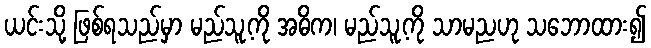
ယင်းသို့ ဖြစ်ရသည်မှာ မည်သူ့ကို အဓိက၊ မည်သူ့ကို သာမညဟု သဘောထား၍